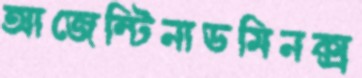
আজেন্টিনাডমিনক্স